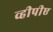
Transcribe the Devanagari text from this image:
व्हीपीए